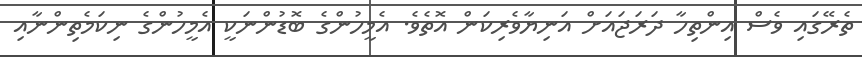
ތެރޭގައި ވެސް އިންތިހާ ދަރަޖައަށް އަނިޔާވެރިކަން އޮތެވެ. އެމީހުންގެ ބޮޑުންނަކީ އެމީހުންގެ ނިކަމެތިންނާއި